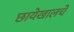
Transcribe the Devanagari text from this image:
छायेखालचे